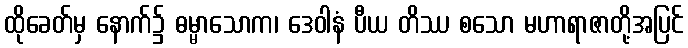
ထိုခေတ်မှ နောက်၌ ဓမ္မာသောက၊ ဒေဝါနံ ပီယ တိဿ စသော မဟာရာဇာတို့အပြင်